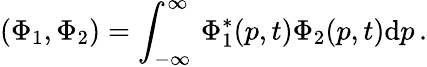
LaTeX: (\Phi_{1},\Phi_{2})=\int_{-\infty}^{\infty}\, \Phi_{1}^{*}(p,t)\Phi_{2}(p,t)\mathrm{d}p\, .